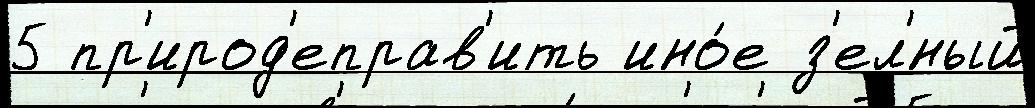
5 пр'ирод'еправ'ить ино́е з'ел'́ный